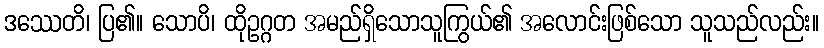
ဒဿေတိ၊ ပြ၏။ သောပိ၊ ထိုဥဂ္ဂတ အမည်ရှိသောသူကြွယ်၏ အလောင်းဖြစ်သော သူသည်လည်း။